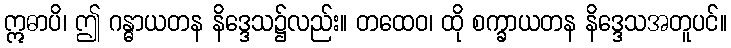
ဣဓာပိ၊ ဤ ဂန္ဓာယတန နိဒ္ဒေသ၌လည်း။ တထေဝ၊ ထို စက္ခာယတန နိဒ္ဒေသအတူပင်။